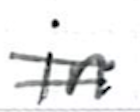
Text: in
Cross-out: double-line
Writing tool: ballpoint